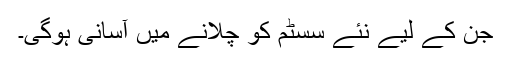
جن کے لیے نئے سسٹم کو چلانے میں آسانی ہوگی۔